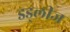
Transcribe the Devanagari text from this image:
डड्लीज